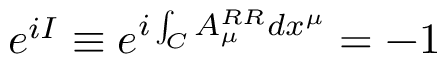
e ^ { i I } \equiv e ^ { i \int _ { C } A _ { \mu } ^ { R R } d x ^ { \mu } } = - 1